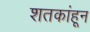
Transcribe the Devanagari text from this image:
शतकांहून